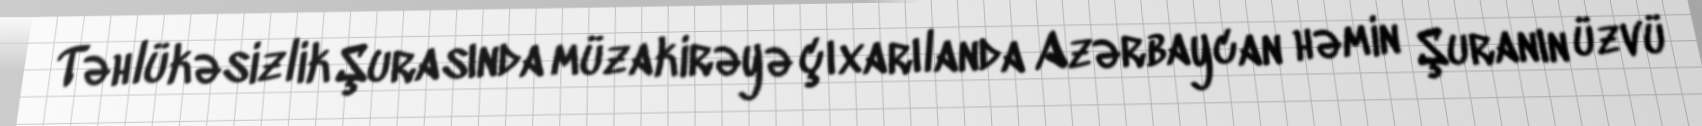
Təhlükəsizlik Şurasında müzakirəyə çıxarılanda Azərbaycan həmin Şuranın üzvü